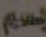
بسم